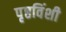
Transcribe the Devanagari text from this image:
पृष्ठविंशी